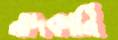
নাদকার্নি